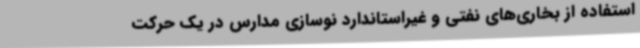
استفاده از بخاری‌های نفتی و غیراستاندارد نوسازی مدارس در یک حرکت